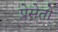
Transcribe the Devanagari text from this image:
प्रेसेतो